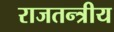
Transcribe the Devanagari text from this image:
राजतन्त्रीय